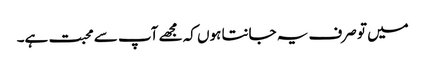
میں تو صرف یہ جانتا ہوں کہ مجھے آپ سے محبت ہے۔